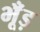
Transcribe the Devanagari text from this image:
भूँड़